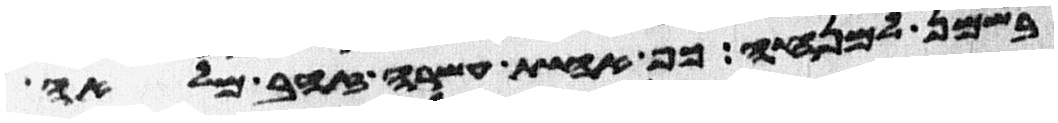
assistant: בשמן למנחה כף אחת עשרה זהב מלאה